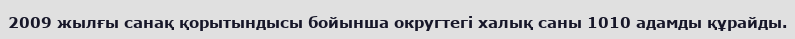
2009 жылғы санақ қорытындысы бойынша округтегі халық саны 1010 адамды құрайды.